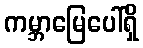
ကမ္ဘာမြေပေါ်ရှိ